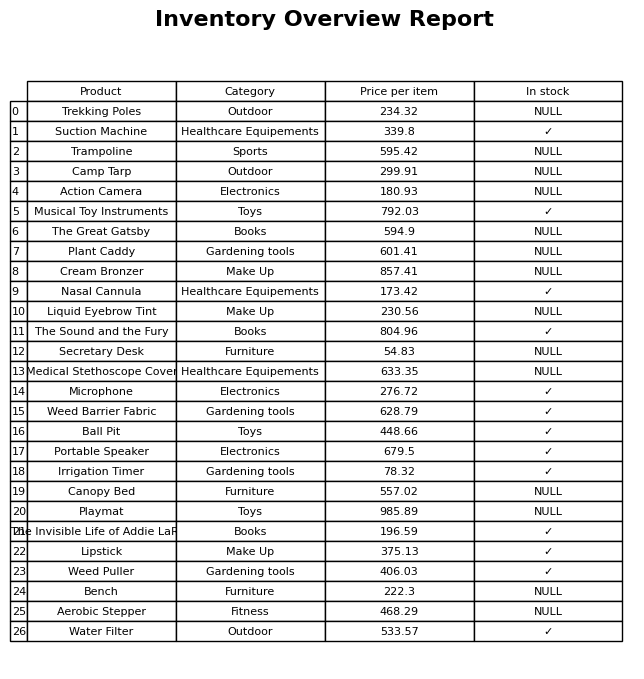
question: What is the price for Playmat?
answer: The price of Playmat is 985.89.